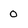
Character: 0